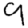
Digit: 9